Punjab Mental Hospital Lahore 1932-46 - 1932-1946
Year: 1932
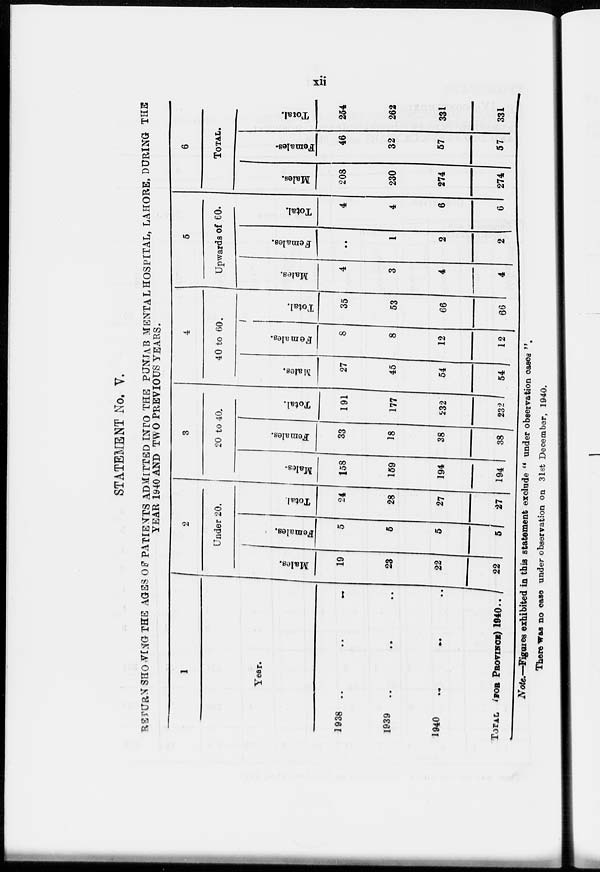
xii
STATEMENT No. V.
RETURN SHOWING THE AGES OF PATIENTS ADMITTED INTO THE PUNJAB MENTAL HOSPITAL, LAHORE, DURING T
YEAR 1940 AND TWO PREVIOUS YEARS.
1
Year.
1938 .. ..
1939
..
..
..
1940
TOTAL (FOR PROVINCE) 1940..
2
Under 20.
Males.
19
23
22
22
Females.
5
5
5
5
Total.
24
28
27
27
3
20 to 40.
Males.
158
159
194
194
Females.
33
18
38
38
Total.
191
177
232
232
4
40 to 60.
Males.
27
45
54
54
Females.
8
8
12
12
Total.
35
53
66
66
5
Upwards of 60.
Males.
4
3
4
4
Females.
..
1
2
2
Total.
4
4
6
6
6
TOTAL.
Males.
208
230
274
274
Females.
46
32
57
57
Total.
254
262
331
331
Note.—Figures exhibited in this statement exclude " under observation cases ".
There was no case under observation on 31st December, 1940.